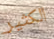
الكثير